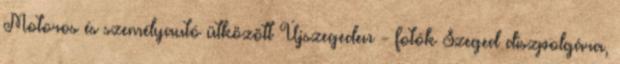
Motoros és személyautó ütközött Újszegeden - fotók Szeged díszpolgára,